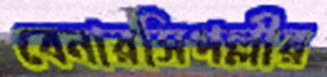
বেনারসিপল্লীর